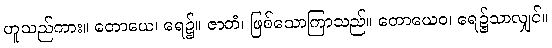
ဟူသည်ကား။ တောယေ၊ ရေ၌။ ဇာတံ၊ ဖြစ်သောကြာသည်။ တောယေဝ၊ ရေ၌သာလျှင်။